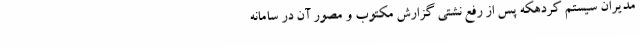
مدیران سیستم کردهکه پس از رفع نشتی گزارش مکتوب و مصور آن در سامانه